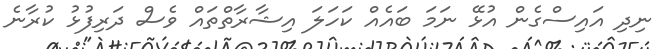
ނިދި އައިސްގެން އުޅޭ ނަމަ ބައެއް ކަހަލަ އިޝާރާތްތައް ވެސް ދަރިފުޅު ކުރާނެ